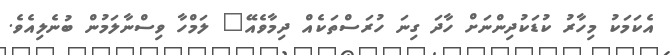
އެކަމަކު މިހާރު ކުޑަކުދިންނަށް ހާދަ ގިނަ ހުރަސްތަކެއް ދިމާވެއޭ" ލަމްހާ ވިސްނާލަމުން ބުނެލިއެވެ.